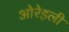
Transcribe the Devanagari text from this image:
ओरेइली